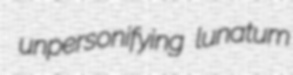
unpersonifying lunatum